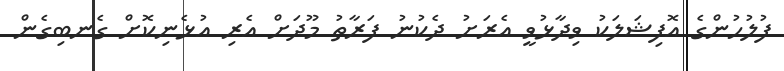
ފުލުހުންގެ އޮފިޝަލަކު ވިދާޅުވީ އެރަށު ދެކުނު ފަރާތު މޫދަށް އެރި އުޅެނިކޮށް ގެނބިގެން